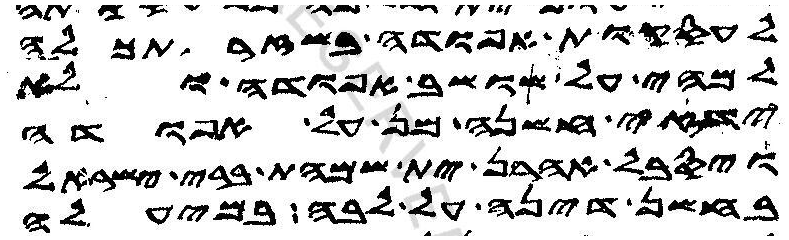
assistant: לעסקות אפודה בשזר תכלה
למהי על שושב אפודה ולא
ידזאי חשנה מן על אפודה
ויסבל אהרן ית שמהת ברי ישראל
בחשן דינה על לבה במיעלה